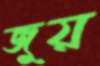
জুয়